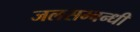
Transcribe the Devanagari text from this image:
जलसम्बन्धी